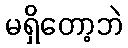
မရှိတော့ဘဲ